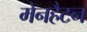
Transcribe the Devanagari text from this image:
मेनहैटन